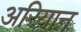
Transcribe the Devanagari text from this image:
अरियान